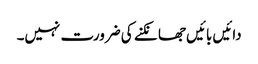
دائیں بائیں جھانکنے کی ضرورت نہیں۔